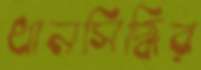
ধানসিদ্ধির